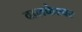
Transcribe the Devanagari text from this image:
वालकेश्वर